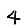
Digit: 4